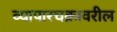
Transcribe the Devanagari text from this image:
व्यापारचक्रावरील